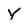
Character: Y